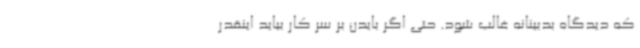
که دیدگاه بدبینانه غالب شود. حتی اگر بایدن بر سر کار بیاید اینقدر